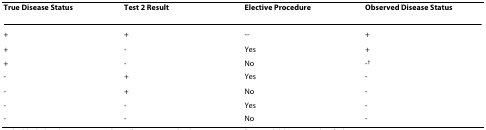
<table><thead><tr><td><b>True Disease Status</b></td><td><b>Test 2 Result</b></td><td><b>Elective Procedure</b></td><td><b>Observed Disease Status</b></td></tr></thead><tbody><tr><td>+</td><td>+</td><td>--</td><td>+</td></tr><tr><td>+</td><td>-</td><td>Yes</td><td>+</td></tr><tr><td>+</td><td>-</td><td>No</td><td>-<sup>†</sup></td></tr><tr><td>-</td><td>+</td><td>Yes</td><td>-</td></tr><tr><td>-</td><td>+</td><td>No</td><td>-</td></tr><tr><td>-</td><td>-</td><td>Yes</td><td>-</td></tr><tr><td>-</td><td>-</td><td>No</td><td>-</td></tr></tbody></table>